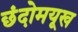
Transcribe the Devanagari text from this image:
छंदोमयूख